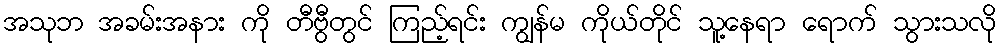
အသုဘ အခမ်းအနား ကို တီဗွီတွင် ကြည့်ရင်း ကျွန်မ ကိုယ်တိုင် သူ့နေရာ ရောက် သွားသလို